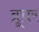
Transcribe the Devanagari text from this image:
ब्रूचर